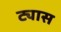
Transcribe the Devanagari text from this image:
ट्यास